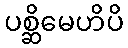
ပစ္ဆိမေဟိပိ